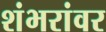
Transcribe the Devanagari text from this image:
शंभरांवर